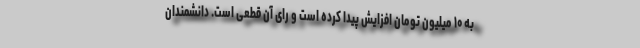
به ۱۰ میلیون تومان افزایش پیدا کرده است و رای آن قطعی است. دانشمندان